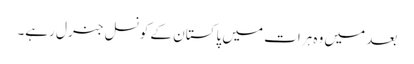
بعد میں وہ ہرات میں پاکستان کے کونسل جنرل رہے۔